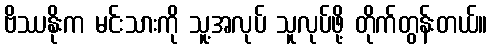
ဗိဿနိုးက မင်းသားကို သူ့အလုပ် သူလုပ်ဖို့ တိုက်တွန်းတယ်။